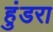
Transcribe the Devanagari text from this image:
हुंडरा